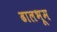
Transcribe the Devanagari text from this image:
ढालभूम